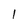
Character: 1